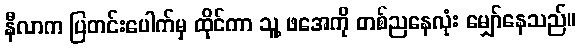
နီလာက ပြတင်းပေါက်မှ ထိုင်ကာ သူ့ ဖအေကို တစ်ညနေလုံး မျှော်နေသည်။